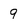
Character: 9